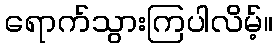
ရောက်သွားကြပါလိမ့်။